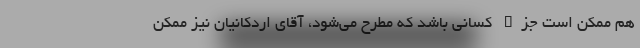
هم ممکن است جزء کسانی باشد که مطرح می‌شود، آقای اردکانیان نیز ممکن